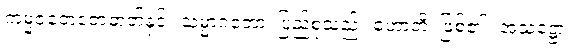
ကမ္မဇတေဇောဓာတ်နှင့်။ သမ္မာဂတော၊ ပြည့်စုံသည်။ ဟောတိ၊ ဖြစ်၏။ အသဋ္ဌော၊